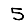
Digit: 5